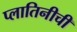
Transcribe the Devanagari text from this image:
प्लातिनीची